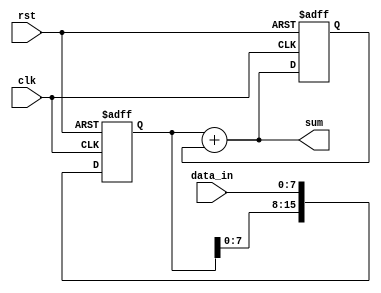
module ShiftAndAdd (
    input wire clk,
    input wire rst,
    input wire [7:0] data_in,
    output reg [15:0] sum
);

reg [15:0] shift_reg;
reg [15:0] feedback;

always @(posedge clk or posedge rst) begin
    if (rst) begin
        shift_reg <= 16'b0;
        feedback <= 16'b0;
    end else begin
        shift_reg <= {shift_reg[14:0], data_in};
        feedback <= sum;
    end
end

assign sum = shift_reg + feedback;

endmodule